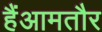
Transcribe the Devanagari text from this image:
हैंआमतौर